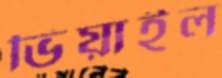
ভিয়াইল